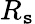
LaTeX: R_{\mathtt{s}}